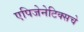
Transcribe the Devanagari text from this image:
एपिजेनेटिक्सचे